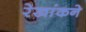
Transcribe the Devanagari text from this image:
रेखांकने